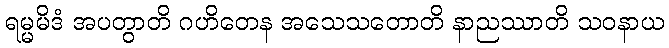
ရမ္မမိဒံ အပတွာတိ ဂဟိတေန အသေသတောတိ နာညဿာတိ သဝနာယ